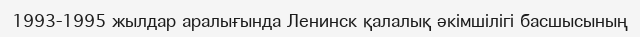
1993-1995 жылдар аралығында Ленинск қалалық әкімшілігі басшысының